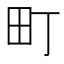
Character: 町